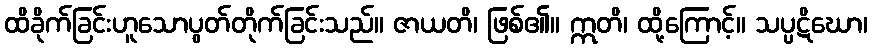
ထိခိုက်ခြင်းဟူသောပွတ်တိုက်ခြင်းသည်။ ဇာယတိ၊ ဖြစ်၏။ ဣတိ၊ ထို့ကြောင့်။ သပ္ပဋိဃော၊